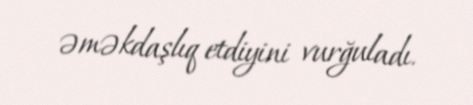
əməkdaşlıq etdiyini vurğuladı.